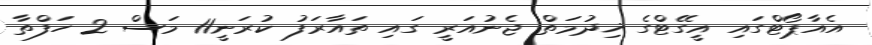
އެއާޕޯޓްގައި އީގޭޓްގެ ޚިދުމަތް ޖެނުއަރީ ގައި ތައާރަފު ކުރަނީ11 މަސް 2 ހަފްތާ